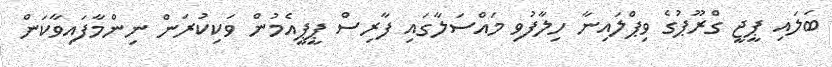
ބަލައި ޕީޖީ ގްރޫޕުގެ ވިޕްލައިނާ ހިލާފުވި މައްސަލާގައި ފާރިސް ޕީޕީއެމުން ވަކިކުރަން ނިންމާފައިވާކަން